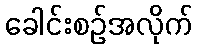
ခေါင်းစဉ်အလိုက်